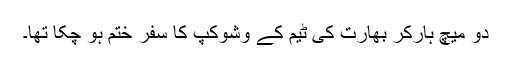
دو میچ ہارکر بھارت کی ٹیم کے وشوکپ کا سفر ختم ہو چکا تھا۔